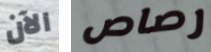
الآن رصاص